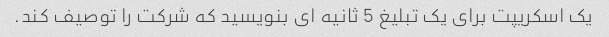
یک اسکریپت برای یک تبلیغ 5 ثانیه ای بنویسید که شرکت را توصیف کند.